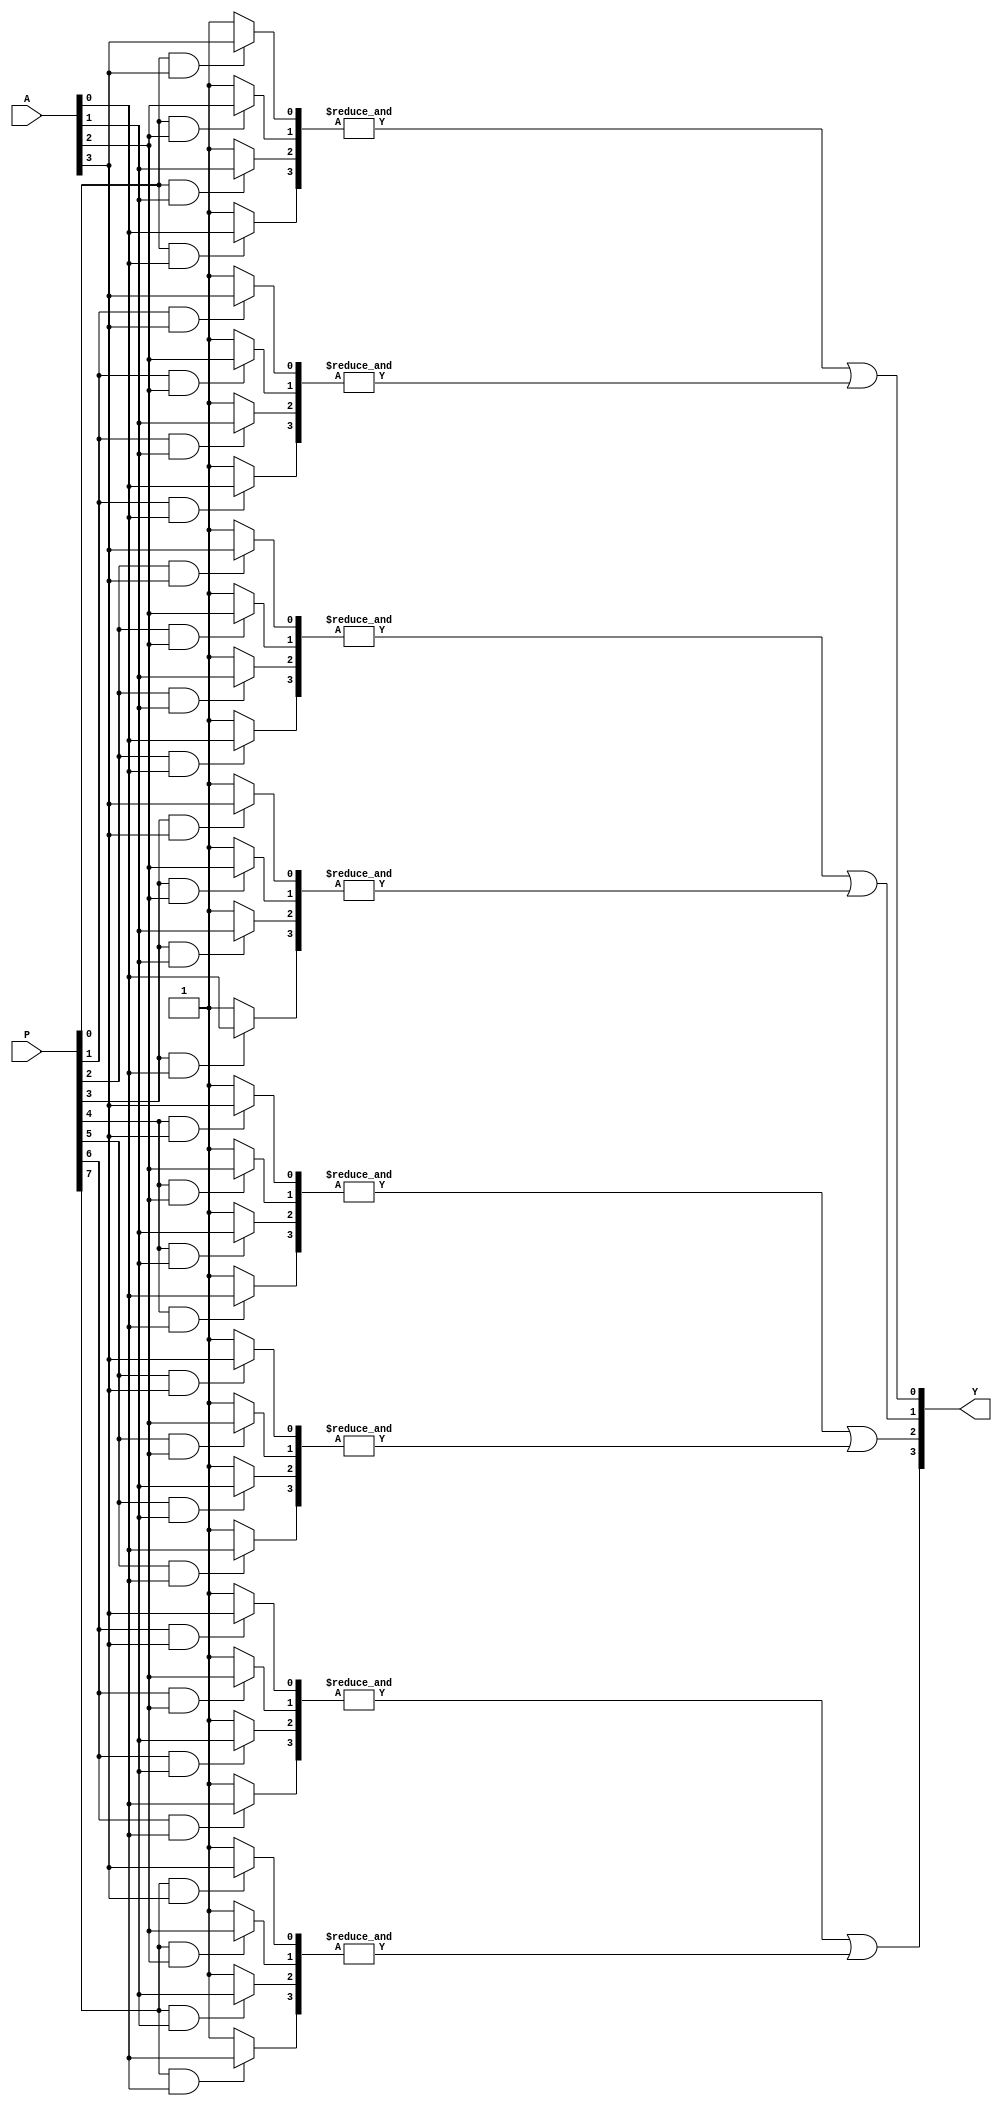
module GPAL (
    input  wire [N-1:0]   A,        // Input signals (N bits)
    input  wire [M-1:0]   P,        // Programmable connections (M bits)
    output wire [O-1:0]   Y         // Output signals (O bits)
);

parameter N = 4;              // Number of input signals (A0, A1, A2, A3)
parameter M = 8;              // Number of programmable connections (AND gates)
parameter O = 4;              // Number of output signals (OR gates)

// Programmable AND Array
// Each AND gate can take inputs and their complements based on programming
wire [M-1:0] AND_out;       // Outputs of the AND gates

genvar i, j;
generate
    for (i = 0; i < M; i = i + 1) begin : and_gate
        wire [N-1:0] inputs; // Inputs for the AND gate
        assign inputs = {
            (P[i] & A[0]) ? A[0] : 1'b1,
            (P[i] & A[1]) ? A[1] : 1'b1,
            (P[i] & A[2]) ? A[2] : 1'b1,
            (P[i] & A[3]) ? A[3] : 1'b1
        };
        
        assign AND_out[i] = &inputs; // AND operation
    end
endgenerate

// Fixed OR Array (assuming 4 OR gates)
assign Y[0] = AND_out[0] | AND_out[1];
assign Y[1] = AND_out[2] | AND_out[3];
assign Y[2] = AND_out[4] | AND_out[5];
assign Y[3] = AND_out[6] | AND_out[7];

endmodule